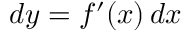
d y = f ^ { \prime } ( x ) \, d x